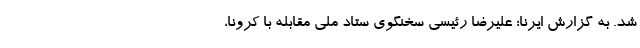
شد. به گزارش ایرنا؛ علیرضا رئیسی سخنگوی ستاد ملی مقابله با کرونا،